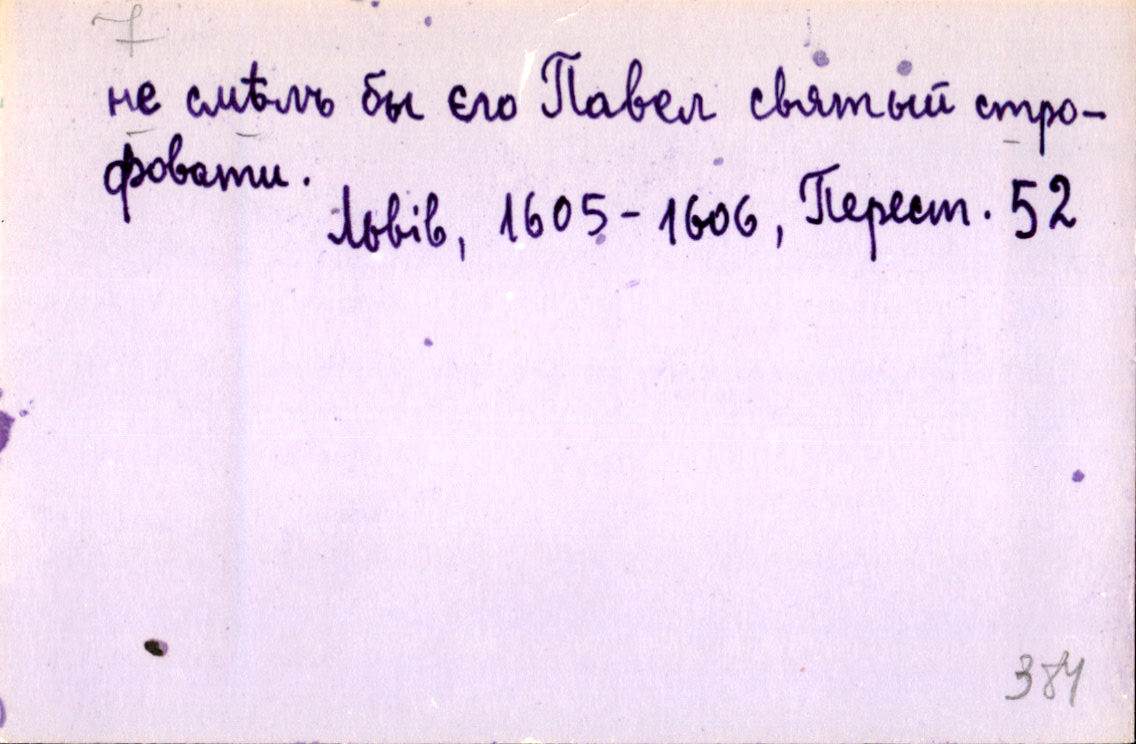
не смѣлъ бы єго Павел святый стро-
фовати.
Львів, 1605-1606, Перест. 52